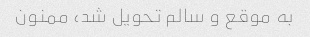
به موقع و سالم تحویل شد، ممنون